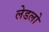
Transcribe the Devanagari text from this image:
लेडलो